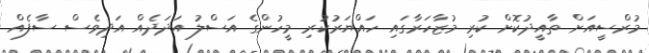
މުރްސީއަށް ތާއީދުކޮށް ކުރި މުޒާހަރާގައި ހައްޔަރުކުރި މީހުންގެ އަސްލު އަދަދެއް އަދިވެސް ސާފެއް